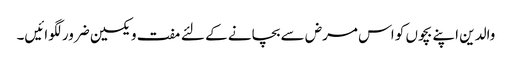
والدین اپنے بچوں کو اس مرض سے بچانے کے لئے مفت ویکسین ضرور لگوائیں۔